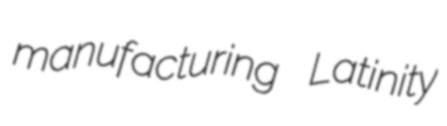
manufacturing Latinity